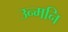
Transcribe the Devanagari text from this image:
उन्मनि